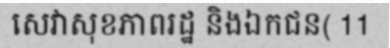
សេវាសុខភាពរដ្ឋ និងឯកជន( 11